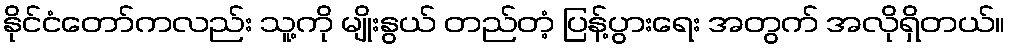
နိုင်ငံတော်ကလည်း သူ့ကို မျိုးနွယ် တည်တံ့ ပြန့်ပွားရေး အတွက် အလိုရှိတယ်။